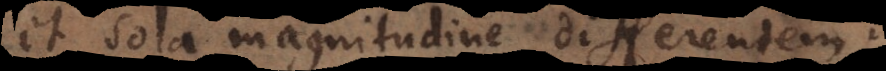
et sola magnitudine differentem.